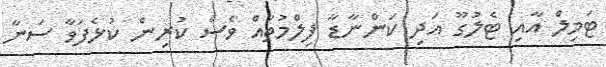
ޓަމިލް އާއި ޓެލުގޫ އަދި ކަންނާޑާ ފިލްމުތައް ވެސް ކުރިން ކުޅެފަވާ ސަނާ